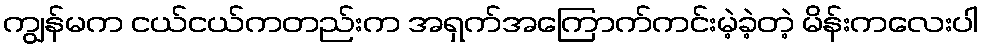
ကျွန်မက ငယ်ငယ်ကတည်းက အရှက်အကြောက်ကင်းမဲ့ခဲ့တဲ့ မိန်းကလေးပါ